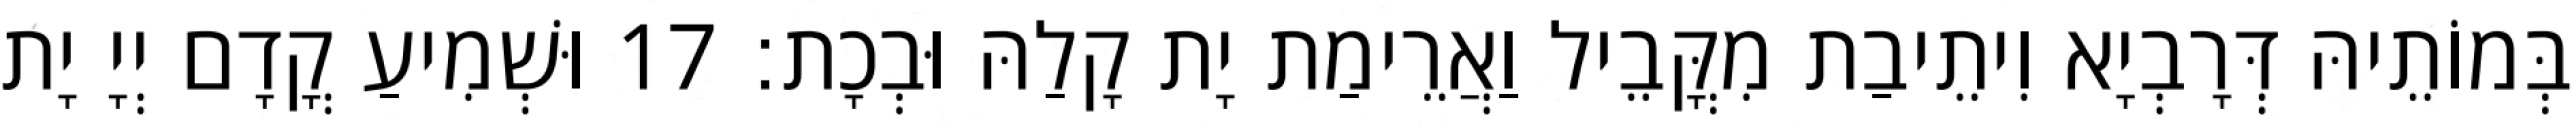
בְּמוֹתֵיהּ דְּרָבְיָא וִיתֵיבַת מִקֳּבֵיל וַאֲרֵימַת יָת קָלַהּ וּבְכָת׃ 17 וּשְׁמִיעַ קֳדָם יְיָ יָת